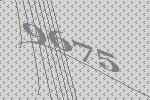
9675